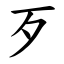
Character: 歹